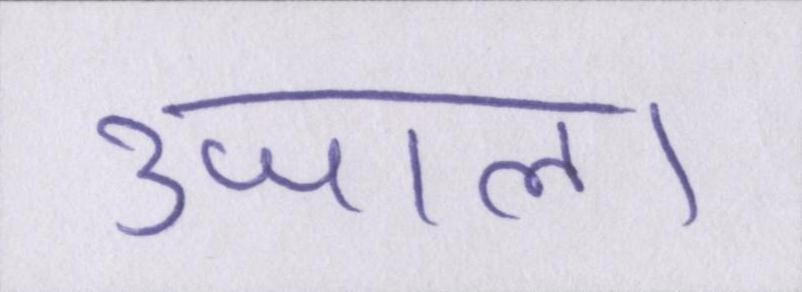
उजाला